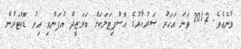
ވާނެއެވެ. 2012 ވަނަ އަހަރު ސަރުކާރުގެ ހޮސްޕިޓަލަކަށް ބަޔަޒީދް އުފަންވި އިރު ޑޮކްޓަރުން